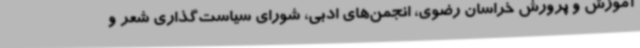
آموزش و پرورش خراسان رضوی، انجمن‌های ادبی، شورای سیاست‌گذاری شعر و